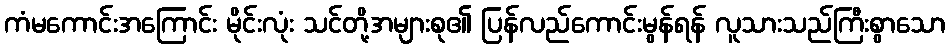
ကံမကောင်းအကြောင်း မိုင်းလုံး သင်တို့အများစု၏ ပြန်လည်ကောင်းမွန်ရန် လူသားသည်ကြီးစွာသော